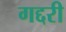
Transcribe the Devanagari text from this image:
गद्दरी